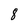
Character: 8